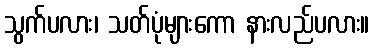
သွက်ပလား၊ သတ်ပုံများကော နားလည်ပလား။